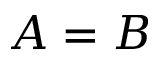
A = B